Lunatic asylums Punjab 1881-1894 - 1881-1894
Year: 1881
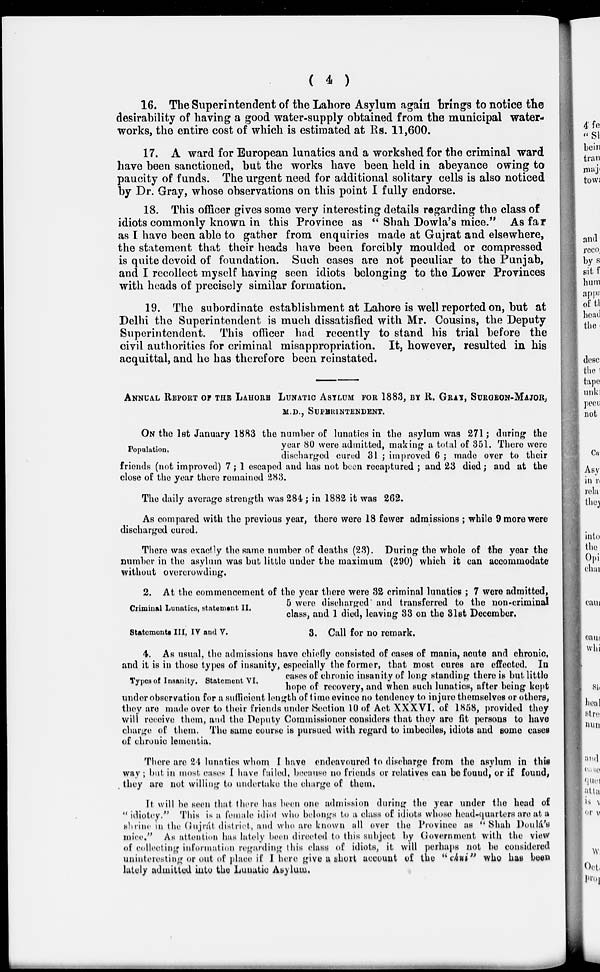
( 4 )
16. The Superintendent of the Lahore Asylum again brings to notice the
desirability of having a good water-supply obtained from the municipal water-
works, the entire cost of which is estimated at Rs. 11,600.
17. A ward for European lunatics and a workshed for the criminal ward
have been sanctioned, but the works have been held in abeyance owing to
paucity of funds. The urgent need for additional solitary cells is also noticed
by Dr. Gray, whose observations on this point I fully endorse.
18. This officer gives some very interesting details regarding the class of
idiots commonly known in this Province as " Shah Dowla's mice." As far
as I have been able to gather from enquiries made at Gujrat and elsewhere,
the statement that their heads have been forcibly moulded or compressed
is quite devoid of foundation. Such cases are not peculiar to the Punjab,
and I recollect myself having seen idiots belonging to the Lower Provinces
with heads of precisely similar formation.
19. The subordinate establishment at Lahore is well reported on, but at
Delhi the Superintendent is much dissatisfied with Mr. Cousins, the Deputy
Superintendent. This officer had recently to stand his trial before the
civil authorities for criminal misappropriation. It, however, resulted in his
acquittal, and he has therefore been reinstated.
ANNUAL REPORT OF THE LAHORE LUNATIC ASYLUM FOR 1883, BY R. GRAY, SU
M.D., SUPERINTENDENT.
Population.
ON the 1st January 1883 the number of lunatics in the asylum was 271; during the
year 80 were admitted, making a total of 351. There were
discharged cured 31 ; improved 6 ; made over to their
friends (not improved) 7 ; 1 escaped and has not been recaptured ; and 23 died ; and at the
close of the year there remained 283.
The daily average strength was 284; in 1882 it was 262.
As compared with the previous year, there were 18 fewer admissions ; while 9 more were
discharged cured.
There was exactly the same number of deaths (23). During the whole of the year the
number in the asylum was but little under the maximum (290) which it can accommodate
without overcrowding.
Criminal Lunatics, statement II.
2. At the commencement of the year there were 32 criminal lunatics ; 7 were admitted,
5 were discharged and transferred to the non-criminal
class, and 1 died, leaving 33 on the 31st December.
Statements III , IV and V.
3. Call for no remark.
Types of Insanity. Statement VI.
4. As usual , the admissions have chiefly consisted of cases of mania, acute and chronic,
and it is in those types of insanity, especially the former, that most cures are effected. In
cases of chronic insanity of long standing there is but little
hope of recovery, and when such lunatics, after being kept
under observation for a sufficient length of time evince no tendency to injure themselves or others,
they are made over to their friends under Section 10 of Act XXXVI, of 1858, provided they
will receive them, and the Deputy Commissioner considers that they are fit persons to have
charge of them. The same course is pursued with regard to imbeciles, idiots and some cases
of chronic lementia.
There are 24 lunatics whom I have endeavoured to discharge from the asylum in this
way; but in most cases I have failed, because no friends or relatives can be found, or if found,
they are not willing to undertake the charge of them.
It will be seen that there has been one admission during the year under the head of
"idiotcy." This is a female idiot who belongs to a class of idiots whose head-quarters are at a
shrine in the Gujrát district, and who are known all over the Province as " Shah Doulá's
mice." As attention has lately been directed to this subject by Government with the view
of collecting information regarding this class of idiots, it will perhaps not be considered
uninteresting or out of place if I here give a short account of the "chui" who has been
lately admitted into the Lunatic Asylum.